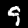
Digit: 9